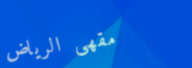
مقهى الرياض